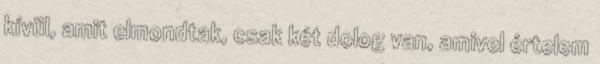
kívül, amit elmondtak, csak két dolog van, amivel értelem